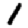
Digit: 1